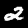
Digit: 2